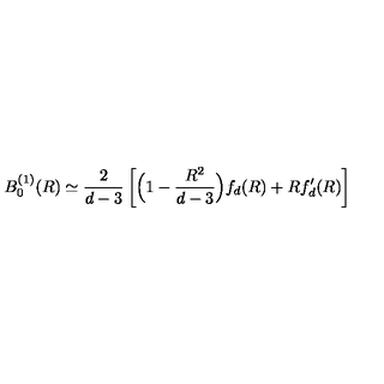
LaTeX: B _ { 0 } ^ { ( 1 ) } ( R ) \simeq \frac { 2 } { d - 3 } \left[ \Big ( 1 - \frac { R ^ { 2 } } { d - 3 } \Big ) f _ { d } ( R ) + R f _ { d } ^ { \prime } ( R ) \right]